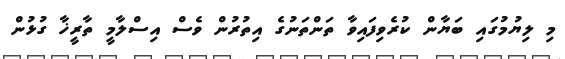
މި ލިޔުމުގައި ބަޔާން ކުރެވިފައިވާ ތަންތަނުގެ އިތުރުން ވެސް އިސްލާމީ ތާރީޚާ ގުޅުން